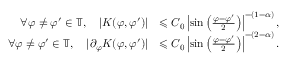
\begin{array} { r l } { \forall \varphi \neq \varphi ^ { \prime } \in \mathbb { T } , \quad | K ( \varphi , \varphi ^ { \prime } ) | } & { \leqslant C _ { 0 } \left| \sin \left( \frac { \varphi - \varphi ^ { \prime } } { 2 } \right) \right| ^ { - ( 1 - \alpha ) } , } \\ { \forall \varphi \neq \varphi ^ { \prime } \in \mathbb { T } , \quad | \partial _ { \varphi } K ( \varphi , \varphi ^ { \prime } ) | } & { \leqslant C _ { 0 } \left| \sin \left( \frac { \varphi - \varphi ^ { \prime } } { 2 } \right) \right| ^ { - ( 2 - \alpha ) } . } \end{array}